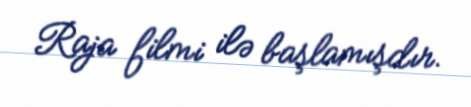
Raja filmi ilə başlamışdır.